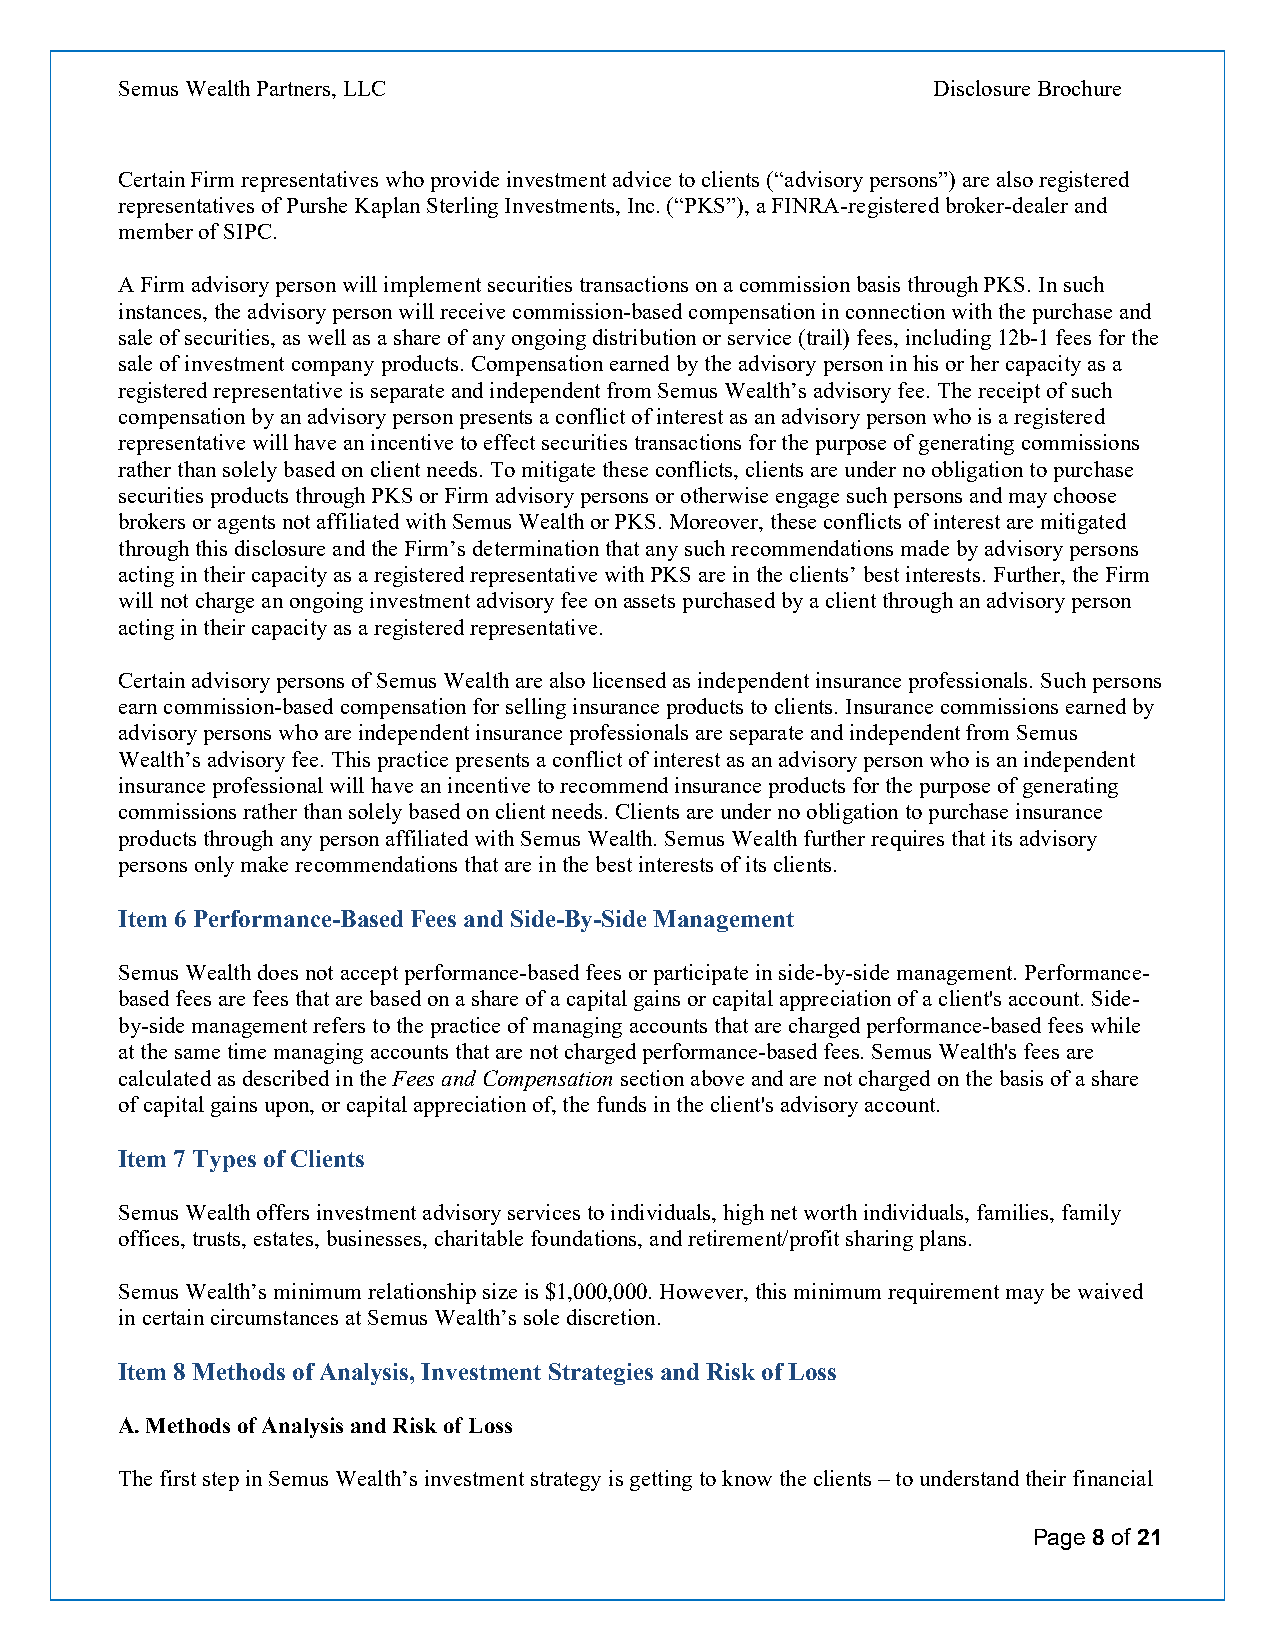
Semus Wealth Partners, LLC                            Disclosure Brochure
 Certain Firm representatives who provide investment advice to clients (“advisory persons”) are also registered
 representatives of Purshe Kaplan Sterling Investments, Inc. (“PKS”), a FINRA-registered broker-dealer and
 member of SIPC.
 A Firm advisory person will implement securities transactions on a commission basis through PKS. In such
 instances, the advisory person will receive commission-based compensation in connection with the purchase and
 sale of securities, as well as a share of any ongoing distribution or service (trail) fees, including 12b-1 fees for the
 sale of investment company products. Compensation earned by the advisory person in his or her capacity as a
 registered representative is separate and independent from Semus Wealth’s advisory fee. The receipt of such
 compensation by an advisory person presents a conflict of interest as an advisory person who is a registered
 representative will have an incentive to effect securities transactions for the purpose of generating commissions
 rather than solely based on client needs. To mitigate these conflicts, clients are under no obligation to purchase
 securities products through PKS or Firm advisory persons or otherwise engage such persons and may choose
 brokers or agents not affiliated with Semus Wealth or PKS. Moreover, these conflicts of interest are mitigated
 through this disclosure and the Firm’s determination that any such recommendations made by advisory persons
 acting in their capacity as a registered representative with PKS are in the clients’ best interests. Further, the Firm
 will not charge an ongoing investment advisory fee on assets purchased by a client through an advisory person
 acting in their capacity as a registered representative.
 Certain advisory persons of Semus Wealth are also licensed as independent insurance professionals. Such persons
 earn commission-based compensation for selling insurance products to clients. Insurance commissions earned by
 advisory persons who are independent insurance professionals are separate and independent from Semus
 Wealth’s advisory fee. This practice presents a conflict of interest as an advisory person who is an independent
 insurance professional will have an incentive to recommend insurance products for the purpose of generating
 commissions rather than solely based on client needs. Clients are under no obligation to purchase insurance
 products through any person affiliated with Semus Wealth. Semus Wealth further requires that its advisory
 persons only make recommendations that are in the best interests of its clients.
 Item 6 Performance-Based Fees and Side-By-Side Management
 Semus Wealth does not accept performance-based fees or participate in side-by-side management. Performance-
 based fees are fees that are based on a share of a capital gains or capital appreciation of a client's account. Side-
 by-side management refers to the practice of managing accounts that are charged performance-based fees while
 at the same time managing accounts that are not charged performance-based fees. Semus Wealth's fees are
 calculated as described in the Fees and Compensation section above and are not charged on the basis of a share
 of capital gains upon, or capital appreciation of, the funds in the client's advisory account.
 Item 7 Types of Clients
 Semus Wealth offers investment advisory services to individuals, high net worth individuals, families, family
 offices, trusts, estates, businesses, charitable foundations, and retirement/profit sharing plans.
 Semus Wealth’s minimum relationship size is $1,000,000. However, this minimum requirement may be waived
 in certain circumstances at Semus Wealth’s sole discretion.
 Item 8 Methods of Analysis, Investment Strategies and Risk of Loss
 A. Methods of Analysis and Risk of Loss
 The first step in Semus Wealth’s investment strategy is getting to know the clients – to understand their financial
 Page 8 of 21